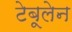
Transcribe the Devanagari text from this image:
टेबूलेन